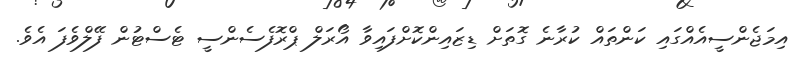
އިމަޖެންސީއެއްގައި ކަންތައް ކުރާނެ ގޮތަށް ޑިޒައިންކޮށްފައިވާ އޯރަލް ޕްރޮފެސެންސީ ޓެސްޓުން ފޭލްވެފަ އެވެ.